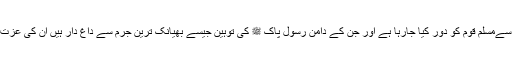
حقیقت میں جو دین مصطفیٰ ﷺ کے پاسبان ہیں ان سےمسلم قوم کو دور کیا جارہا ہے اور جن کے دامن رسولِ پاک ﷺ کی توہین جیسے بھیانک ترین جرم سے داغ دار ہیں ان کی عزت و عظمت لوگوں کےدلوں میں بٹھائی جارہی ہے ۔